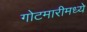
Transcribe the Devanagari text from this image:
गोटमारीमध्ये